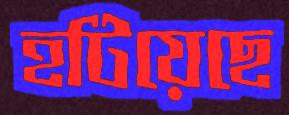
হটিয়েছে